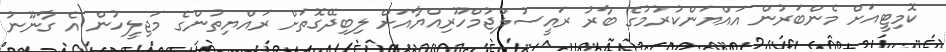
ކޮމިޓީއަށް މެންބަރުން އައްޔަންކުރުމުގެ ބާރު ރައީސުލްޖުމްހޫރިއްޔާއަށް ލިބިދޭގޮތަށް ރައްޔިތުންގެ މަޖިލީހުން އެ ގާނޫނު